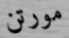
مورتن